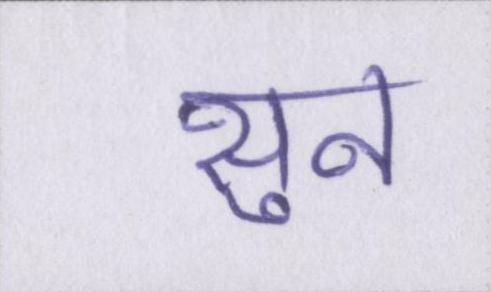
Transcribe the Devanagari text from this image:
सुन